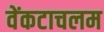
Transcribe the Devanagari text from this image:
वेंकटाचलम